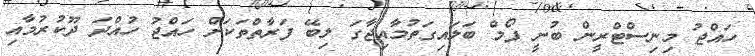
ހައްޖު މިނިސްޓްރީން ބުނީ ފޯމް ބަލައިގަތުމާއިޖާގަ ލިބޭ ފަރާތްތަކަށް ހައްޖު ހުއްދަ ދޫކުރުމާއި